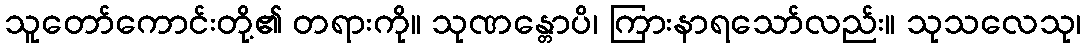
သူတော်ကောင်းတို့၏ တရားကို။ သုဏန္တောပိ၊ ကြားနာရသော်လည်း။ သုသလေသု၊